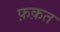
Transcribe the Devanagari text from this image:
फ़क़त